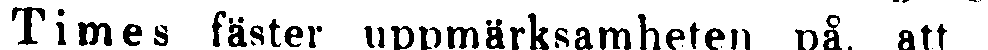
Times fäster uppmärksamheten på. att i